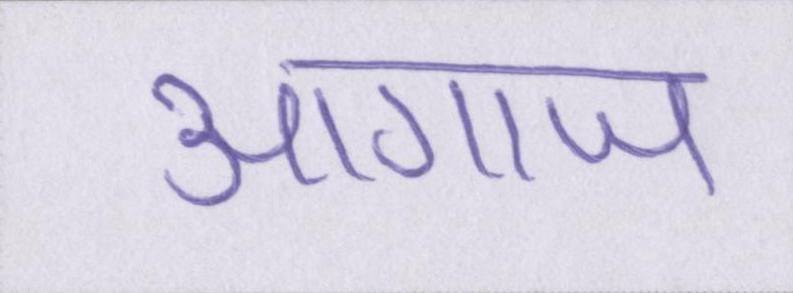
आगाज